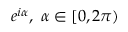
e ^ { i \alpha } , \; \alpha \in [ 0 , 2 \pi )